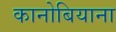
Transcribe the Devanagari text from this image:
कानोबियाना